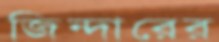
জিন্দারের